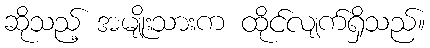
ဆိုသည့် အမျိုးသားက ထိုင်လျက်ရှိသည်။